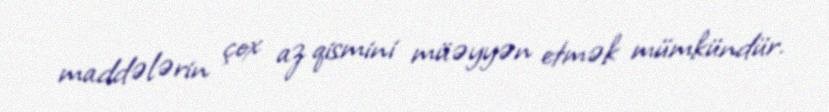
maddələrin çox az qismini müəyyən etmək mümkündür.